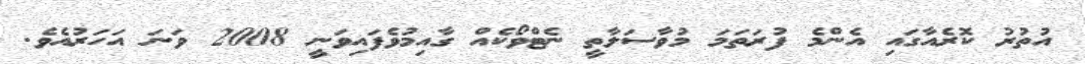
އުތުރު ކޮރެއާގައި އެެންމެ ފުރަތަމަ މުވާސަލާތީ ނެޓްވޯކެއް ގާއިމުވެފައިވަނީ 2008 ވަނަ އަހަރުއެވެ.